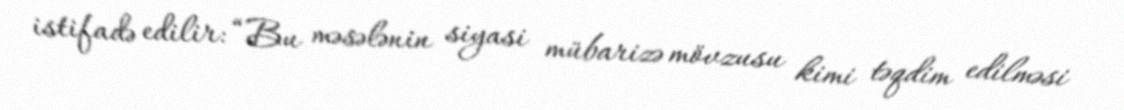
istifadə edilir: “Bu məsələnin siyasi mübarizə mövzusu kimi təqdim edilməsi